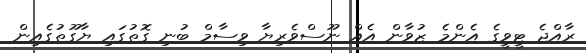
ރާއްޖެ ޓީވީގެ އެންމެ ޒުވާން އެއް ނޫސްވެރިޔާ ވިސާމް ބުނި ގޮތުގައި ޔާގޫތުގެއިން